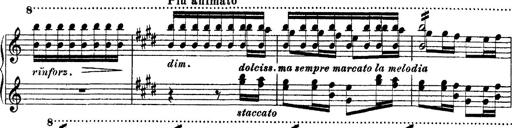
Title: Ã‰tudes d'exÃ©cution transcendante d'aprÃ¨s Paganini
Composer: Franz Liszt